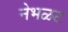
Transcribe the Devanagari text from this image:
नेभळट